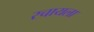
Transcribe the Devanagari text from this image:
रचायला